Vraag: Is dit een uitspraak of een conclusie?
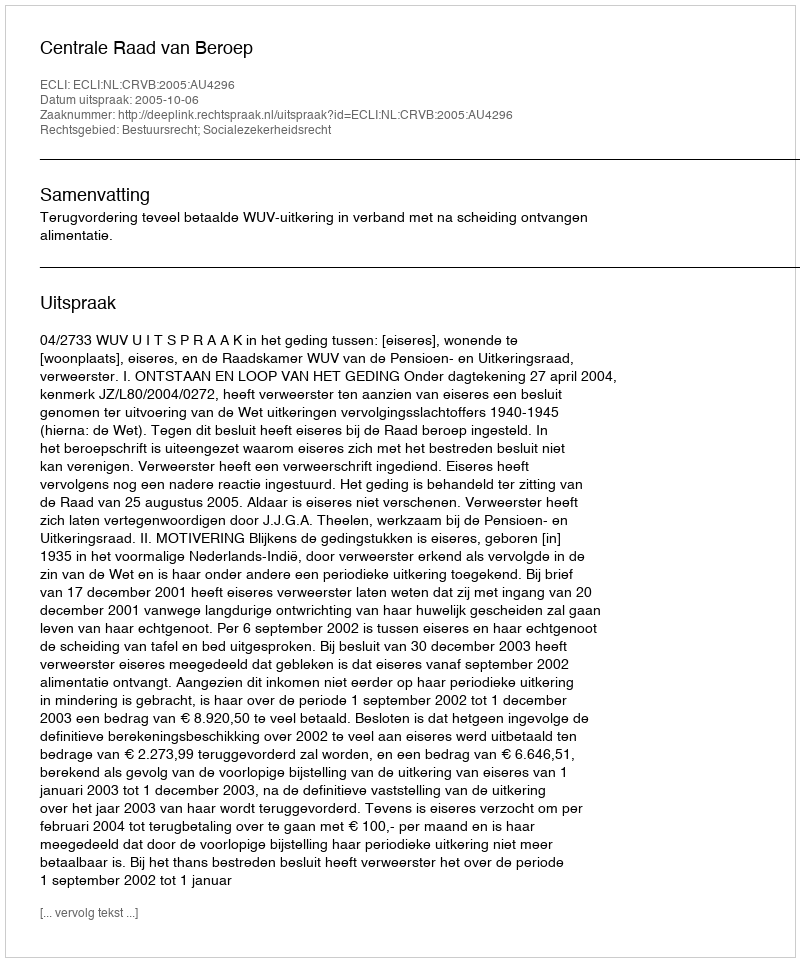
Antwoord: Uitspraak